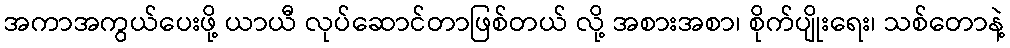
အကာအကွယ်ပေးဖို့ ယာယီ လုပ်ဆောင်တာဖြစ်တယ် လို့ အစားအစာ၊ စိုက်ပျိုးရေး၊ သစ်တောနဲ့